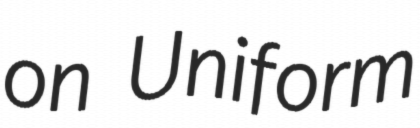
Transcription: on Uniform